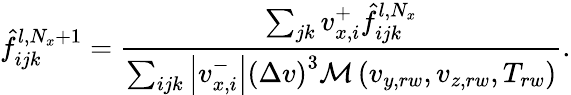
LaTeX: \hat{f}_{ijk}^{l,N_{x}+1}=\frac{\sum_{jk}v_{x,i}^{+}\hat{f}_{ijk}^{l,N_{x}}}{\sum_{ijk}\left|v_{x,i}^{-}\right|\left(\Delta v\right)^{3}\mathcal{M}\left(v_{y,rw},v_{z,rw},T_{rw}\right)}.